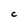
Character: C